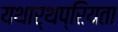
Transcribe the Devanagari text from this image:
यथार्थप्रियता